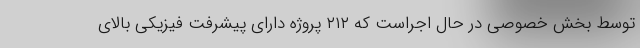
توسط بخش خصوصی در حال اجراست که ۲۱۲ پروژه دارای پیشرفت فیزیکی بالای